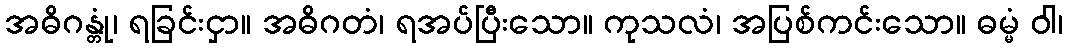
အဓိဂန္တုံ၊ ရခြင်းငှာ။ အဓိဂတံ၊ ရအပ်ပြီးသော။ ကုသလံ၊ အပြစ်ကင်းသော။ ဓမ္မံ ဝါ၊